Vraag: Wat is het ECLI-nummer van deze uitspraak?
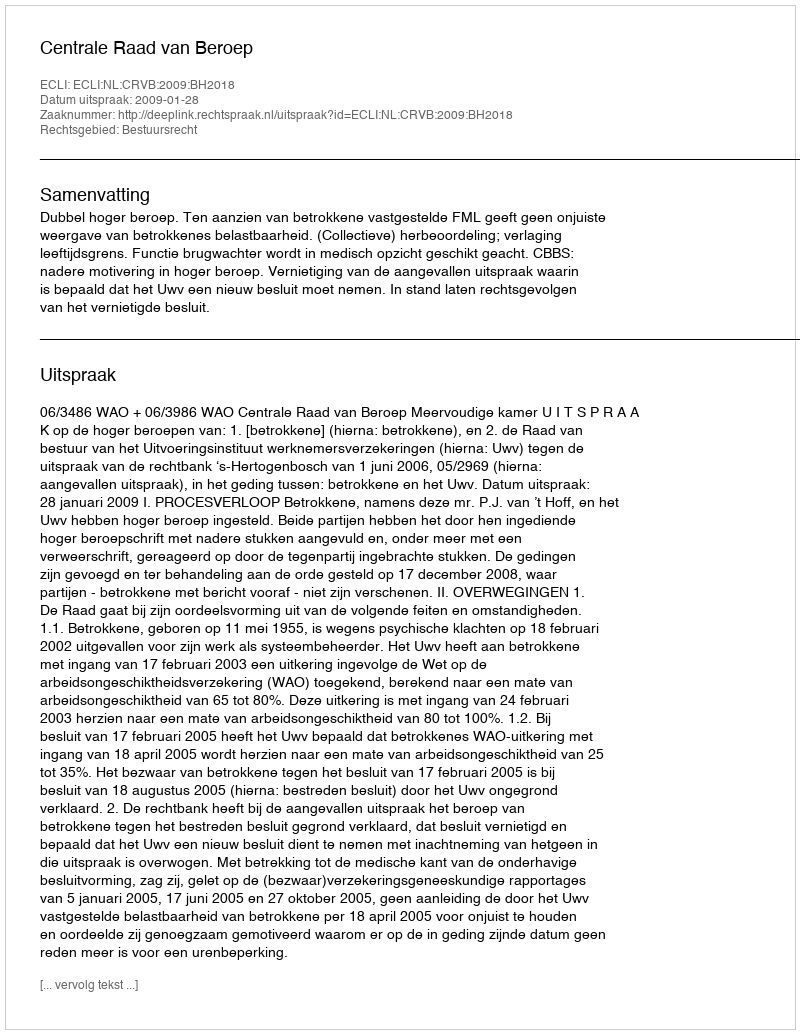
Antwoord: ECLI:NL:CRVB:2009:BH2018